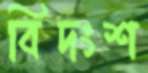
বিদংশ